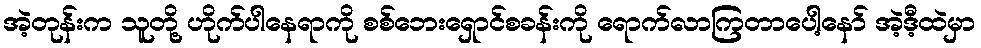
အဲ့တုန်းက သူတို့ ဟိုက်ပါနေရာကို စစ်ဘေးရှောင်စခန်းကို ရောက်လာကြတာပေါ့နော် အဲ့ဒီ့ထဲမှာ